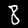
Label: 8